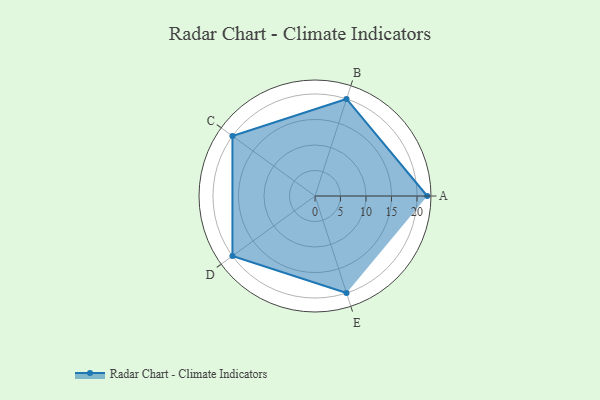
{"axis": {"x": "Skill", "y": "Score"}, "legend": ["Profile"], "data": [{"x": "A", "y": 22.0, "type": "Profile"}, {"x": "B", "y": 20, "type": "Profile"}, {"x": "C", "y": 20, "type": "Profile"}, {"x": "D", "y": 20, "type": "Profile"}, {"x": "E", "y": 20, "type": "Profile"}]}